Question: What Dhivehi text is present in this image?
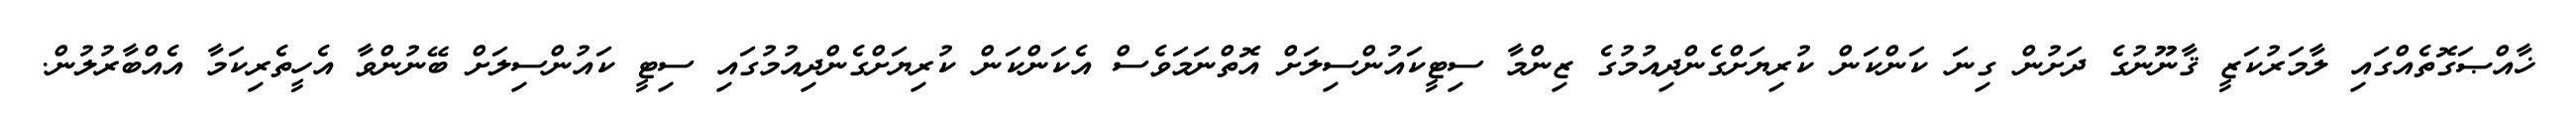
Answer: ޚާއްޞަގޮތެއްގައި ލާމަރުކަޒީ ޤާނޫނުގެ ދަށުން ގިނަ ކަންކަން ކުރިޔަށްގެންދިއުމުގެ ޒިންމާ ސިޓީކައުންސިލަށް އޮތްނަމަވެސް އެކަންކަން ކުރިޔަށްގެންދިއުމުގައި ސިޓީ ކައުންސިލަށް ބޭނުންވާ އެހީތެރިކަމާ އެއްބާރުލުން.